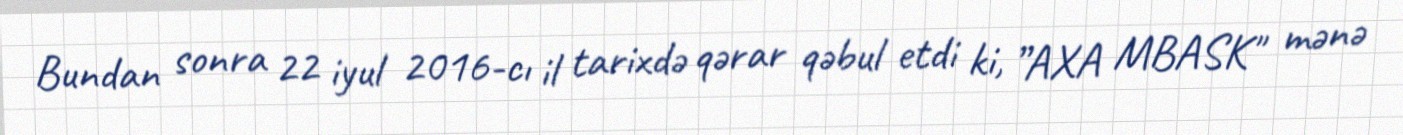
Bundan sonra 22 iyul 2016-cı il tarixdə qərar qəbul etdi ki, ”AXA MBASK" mənə